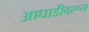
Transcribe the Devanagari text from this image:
आघाडीवरून